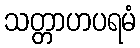
သတ္တာဟပရမံ